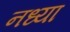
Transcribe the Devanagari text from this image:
नध्या